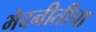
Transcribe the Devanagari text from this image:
भेदनीतीचा